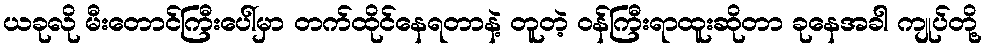
ယခုလို မီးတောင်ကြီးပေါ်မှာ တက်ထိုင်နေရတာနဲ့ တူတဲ့ ဝန်ကြီးရာထူးဆိုတာ ခုနေအခါ ကျုပ်တို့